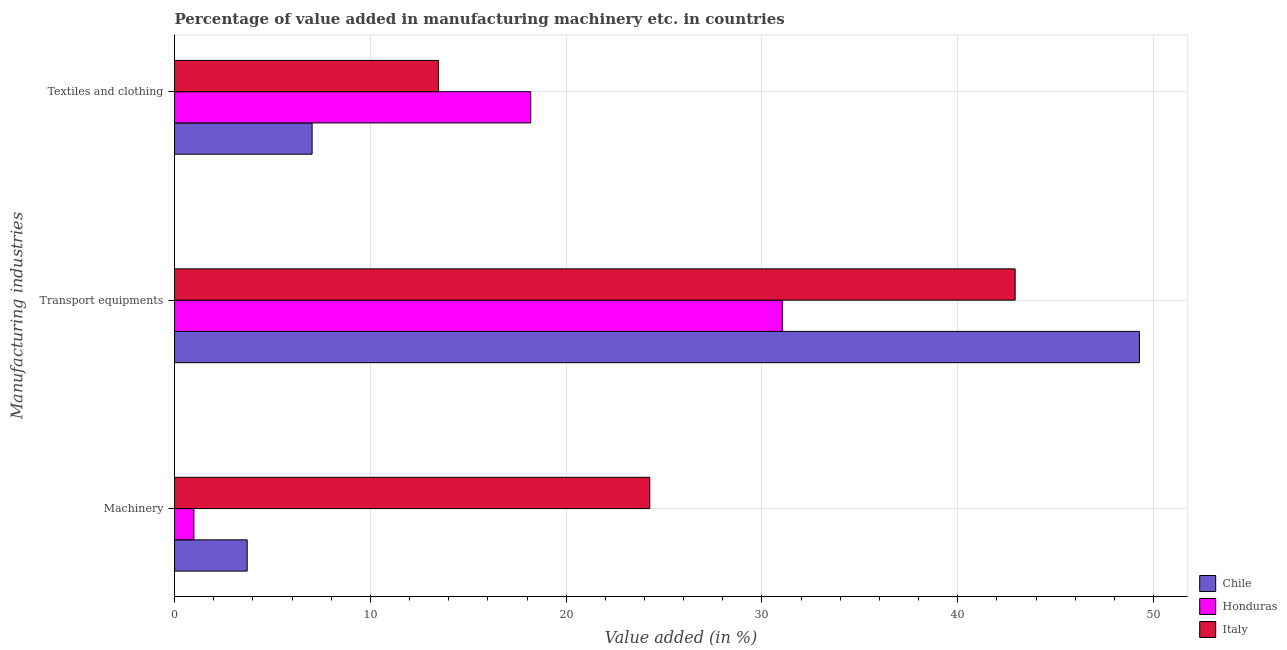
| Manufacturing industries | Chile | Honduras | Italy |
 | --- | --- | --- | --- |
 | Machinery | 3.71 | 0.988 | 24.3 |
 | Transport equipments | 49.3 | 31 | 42.9 |
 | Textiles and clothing | 7.03 | 18.2 | 13.5 |